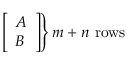
\textstyle \left. { \left[ \begin{array} { l } { A } \\ { B } \end{array} \right] } \right\} m + n { \mathrm { ~ r o w s } }